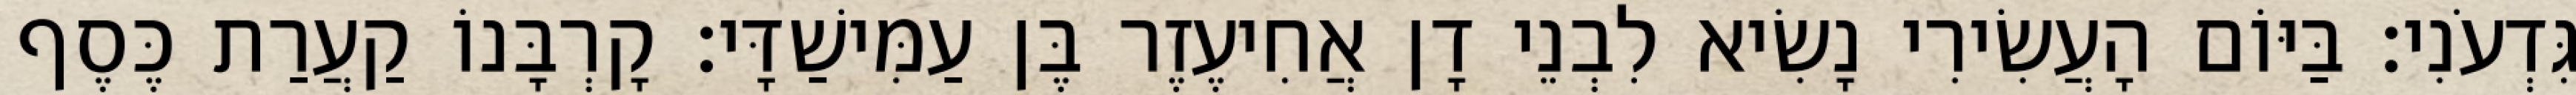
גִּדְעֹנִי׃ בַּיּוֹם הָעֲשִׂירִי נָשִׂיא לִבְנֵי דָן אֲחִיעֶזֶר בֶּן עַמִּישַׁדָּי׃ קָרְבָּנוֹ קַעֲרַת כֶּסֶף